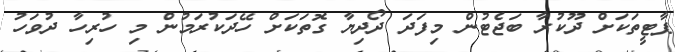
ޕާޓީތަކަށް ދޫކުރާ ބަޖެޓުން މިފަދަ ދޯދިޔާ ގޮތަކަށް ހޭދަކުރަމުން މި ހުރިހާ ދުވަހު